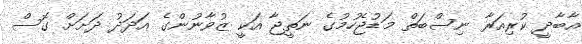
އާބާދީ ކުރިއަރާ ނިސްބަތް މަޑުޖެހުމުގެ ނަތީޖާ އަކީ ޒުވާނުންގެ އަދަދު ދަށަށް ގޮސް